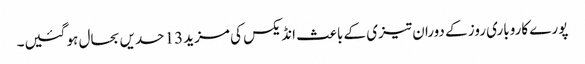
پورے کاروباری روز کے دوران تیزی کے باعث انڈیکس کی مزید 13 حدیں بحال ہو گئیں۔